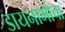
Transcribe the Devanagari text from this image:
डायनामोचा